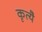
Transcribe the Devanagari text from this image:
कृत्यै